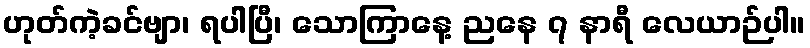
ဟုတ်ကဲ့ခင်ဗျာ၊ ရပါပြီ၊ သောကြာနေ့ ညနေ ၇ နာရီ လေယာဉ်ပါ။